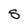
Character: S